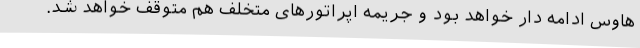
هاوس ادامه دار خواهد بود و جریمه اپراتورهای متخلف هم متوقف خواهد شد.